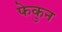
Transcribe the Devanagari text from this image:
फेकुन